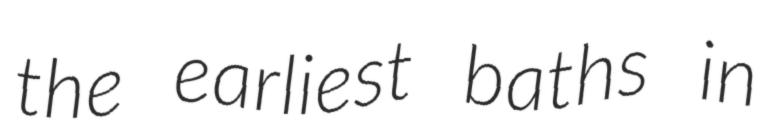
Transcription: the earliest baths in